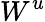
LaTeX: W^{u}